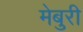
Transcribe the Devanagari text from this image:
मेबुरी